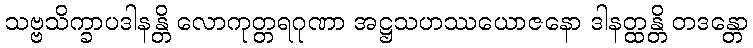
သဗ္ဗသိက္ခာပဒါနန္တိ လောကုတ္တရဂုဏာ အဋ္ဌသဟဿယောဇနော ဒါနတ္ထန္တိ တဒန္တော